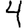
Digit: 4